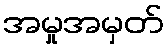
အမှုအမှတ်